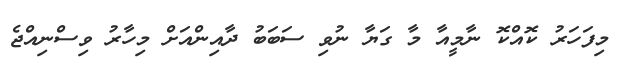
މިފަހަރު ކޮއްކޮ ނާމީއާ މާ ގަޔާ ނުވި ސަބަބު ދާއިންއަށް މިހާރު ވިސްނިއްޖެ